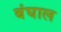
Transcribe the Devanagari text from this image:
बंघाल